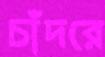
চাঁদরে